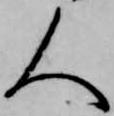
人